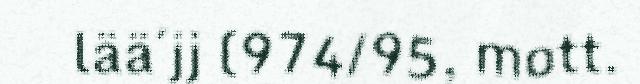
lää´jj (974/95, mott.